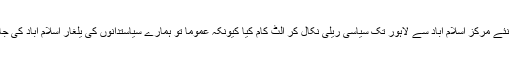
ابھی چند روز ہی گزرے ہیں‘ کہ ہمارے سابق وزیر اعظم نے سیاست کے نئے مرکز اسلام آباد سے لاہور تک سیاسی ریلی نکال کر اُلٹ کام کیا کیونکہ عموماً تو ہمارے سیاستدانوں کی یلغار اسلام آباد کی جانب ہی رہتی ہے‘ اور بابوؤں کا یہ شہر اب ان کو خوش آمدید بھی کہتا ہے۔